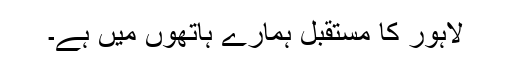
لاہور کا مستقبل ہمارے ہاتھوں میں ہے۔